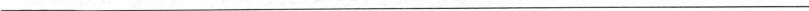
___